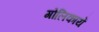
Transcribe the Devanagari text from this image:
गोलिकायें